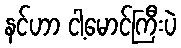
နင်ဟာ ငါ့မောင်ကြီးပဲ